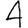
Digit: 4